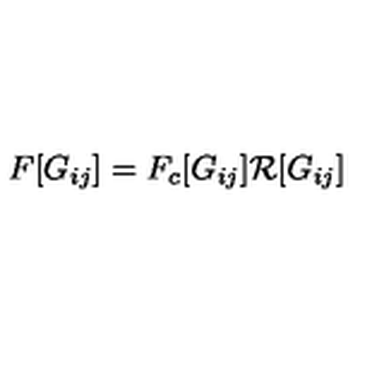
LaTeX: F [ G _ { i j } ] = F _ { c } [ G _ { i j } ] \mathcal R [ G _ { i j } ]